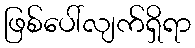
ဖြစ်ပေါ်လျက်ရှိရာ